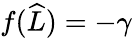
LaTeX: f(\widehat{L})=-\gamma